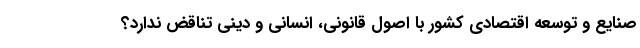
صنایع و توسعه اقتصادی کشور با اصول قانونی، انسانی و دینی تناقض ندارد؟